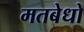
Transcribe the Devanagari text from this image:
मतबेधो